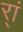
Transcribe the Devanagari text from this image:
र्‍ां